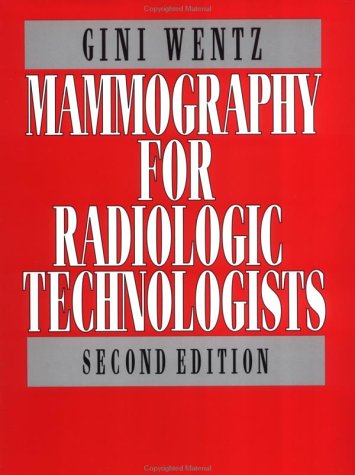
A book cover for Mammography for Radiologic Technologists; Virginia Wentz; Medical Books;